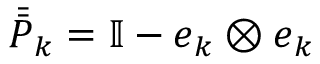
\bar { \bar { P } } _ { \boldsymbol { k } } = \mathbb { I } - \boldsymbol { e } _ { \boldsymbol { k } } \otimes \boldsymbol { e } _ { \boldsymbol { k } }